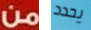
من يحدد